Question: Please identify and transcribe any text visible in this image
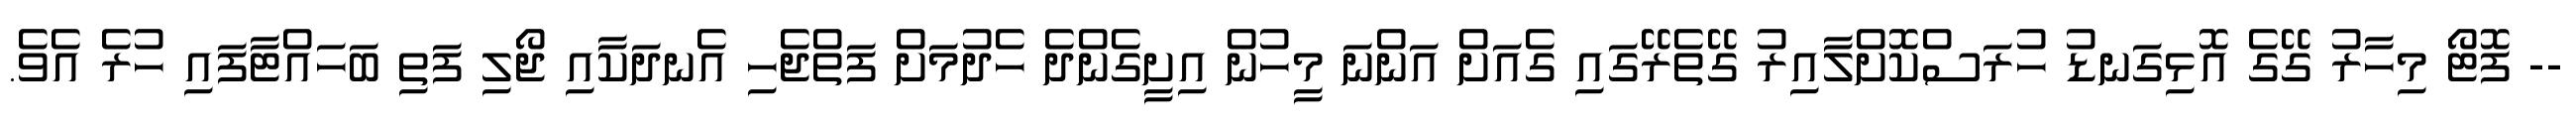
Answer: -- ފޮޓޯ މިހާރު ގޭގެ އޮޅިގަނޑު ހުރަސްކޮށްލާއިރު ގޭތެރޭގައި ގެއަށް އަންނަ މީހުން އިށީގެންދެ ހެދުމަށް ފަތްޖެހި އެނދަކާއި ޖޯލި ފަތި ބަހައްޓާފައި ހުރެ އެވެ.